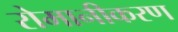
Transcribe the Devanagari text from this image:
रोमानीकरण